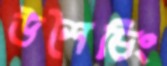
উশৈচিং